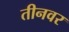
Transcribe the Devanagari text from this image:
तीनवर